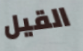
القيل